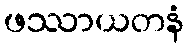
ဖဿာယတနံ